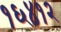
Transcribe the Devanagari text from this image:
१६४१२